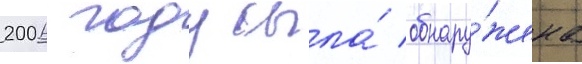
2006 году была́ обнару́жена